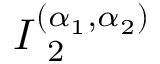
I _ { \mathrm { ~ 2 ~ } } ^ { ( \alpha _ { 1 } , \alpha _ { 2 } ) }